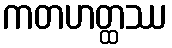
ကတဟတ္ထဿ